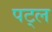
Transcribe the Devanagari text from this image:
पट्ल